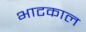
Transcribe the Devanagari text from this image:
भाटकाल